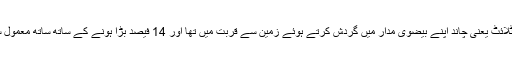
اس دوران زمین کا واحد قدرتی سیٹلائٹ یعنی چاند اپنے بیضوی مدار میں گردش کرتے ہوئے زمین سے قربت میں تھا اور 14 فیصد بڑا ہونے کے ساتھ ساتھ معمول سے ذیادہ روشنی بھی دے رہا تھا۔